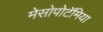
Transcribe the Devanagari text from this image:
मेसोपोटॅमिया